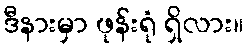
ဒီနားမှာ ဖုန်းရုံ ရှိလား။